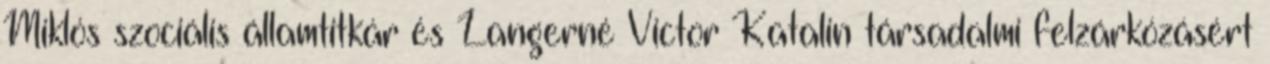
Miklós szociális államtitkár és Langerné Victor Katalin társadalmi felzárkózásért